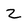
Character: z